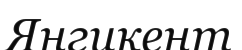
Янгикент